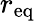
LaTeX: r_{\mathrm{eq}}